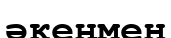
әкеңмен